画像に写った文字を読んでください
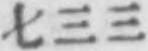
「七三三」と書いてあります